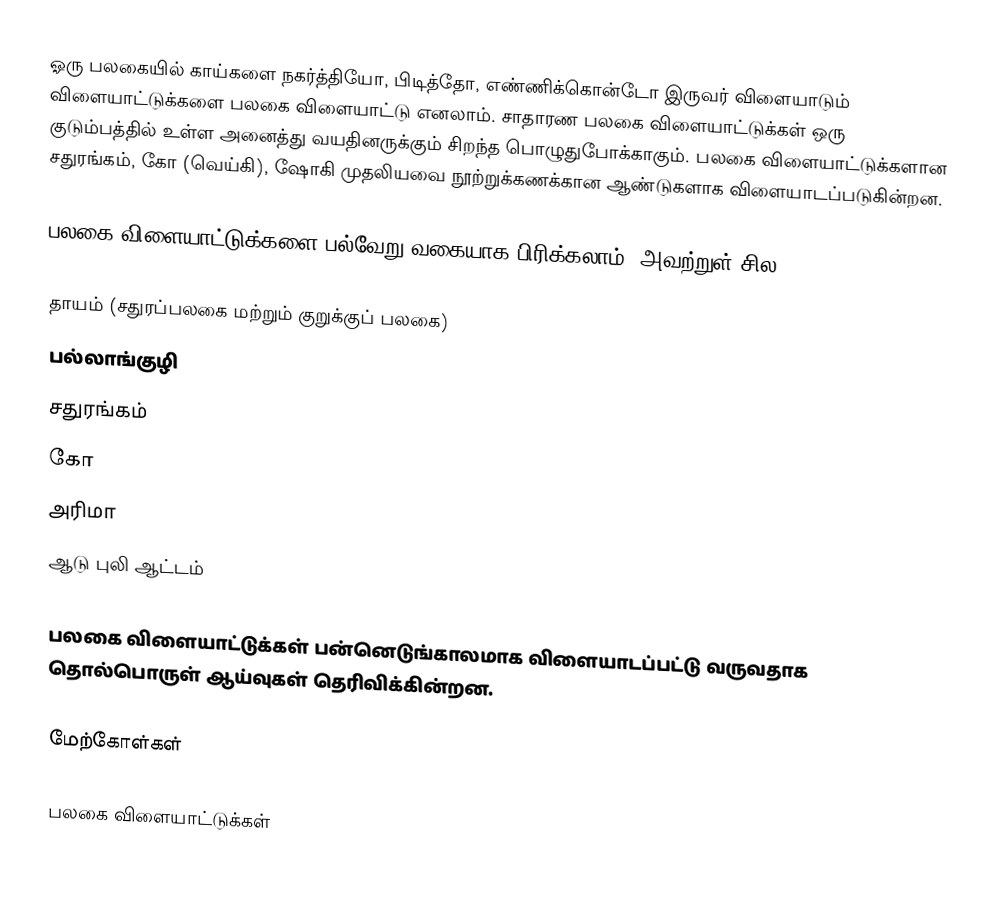
ஓரு பலகையில் காய்களை நகர்த்தியோ, பிடித்தோ, எண்ணிக்கொன்டோ இருவர் விளையாடும் விளையாட்டுக்களை பலகை விளையாட்டு எனலாம். சாதாரண பலகை விளையாட்டுக்கள் ஒரு குடும்பத்தில் உள்ள அனைத்து வயதினருக்கும் சிறந்த பொழுதுபோக்காகும். பலகை விளையாட்டுக்களான சதுரங்கம், கோ (வெய்கி), ஷோகி முதலியவை நூற்றுக்கணக்கான ஆண்டுகளாக விளையாடப்படுகின்றன.

பலகை விளையாட்டுக்களை பல்வேறு வகையாக பிரிக்கலாம். அவற்றுள் சில,

 தாயம் (சதுரப்பலகை மற்றும் குறுக்குப் பலகை)
 பல்லாங்குழி
 சதுரங்கம்
 கோ
 அரிமா
 ஆடு புலி ஆட்டம்

பலகை விளையாட்டுக்கள் பன்னெடுங்காலமாக விளையாடப்பட்டு வருவதாக தொல்பொருள் ஆய்வுகள் தெரிவிக்கின்றன.

மேற்கோள்கள்

பலகை விளையாட்டுக்கள்